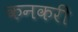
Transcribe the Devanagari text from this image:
कनकरी